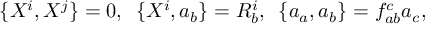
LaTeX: \{ X ^ { i } , X ^ { j } \} = 0 , \, \, \, \{ X ^ { i } , a _ { b } \} = R _ { b } ^ { i } , \, \, \, \{ a _ { a } , a _ { b } \} = f _ { a b } ^ { c } a _ { c } ,